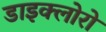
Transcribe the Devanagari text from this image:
डाइक्लोरो